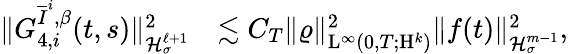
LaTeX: \begin{array}{rl}{\Vert G_{4,i}^{\overline{{I}}^{i},\beta}(t,s)\Vert_{\mathcal{H}_{\sigma}^{\ell+1}}^{2}}&{\lesssim C_{T}\Vert\varrho\Vert_{\mathrm{L}^{\infty}(0,T;\mathrm{H}^{k})}^{2}\Vert f(t)\Vert_{\mathcal{H}_{\sigma}^{m-1}}^{2},}\end{array}